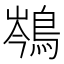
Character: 𪁏